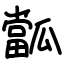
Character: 㼕